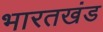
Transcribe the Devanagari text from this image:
भारतखंड